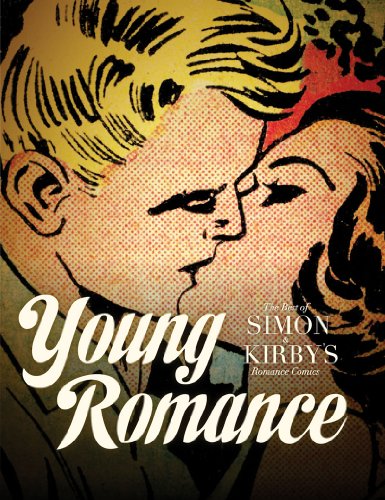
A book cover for Young Romance: The Best of Simon & Kirby's Romance Comics; Joe Simon; Comics & Graphic Novels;